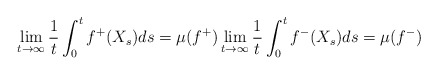
\begin{align*}\lim_{t \to \infty} \frac{1}{t} \int_0^t f^+(X_s) ds = \mu(f^+) \lim_{t \to \infty} \frac{1}{t} \int_0^t f^-(X_s) ds = \mu(f^-)\end{align*}